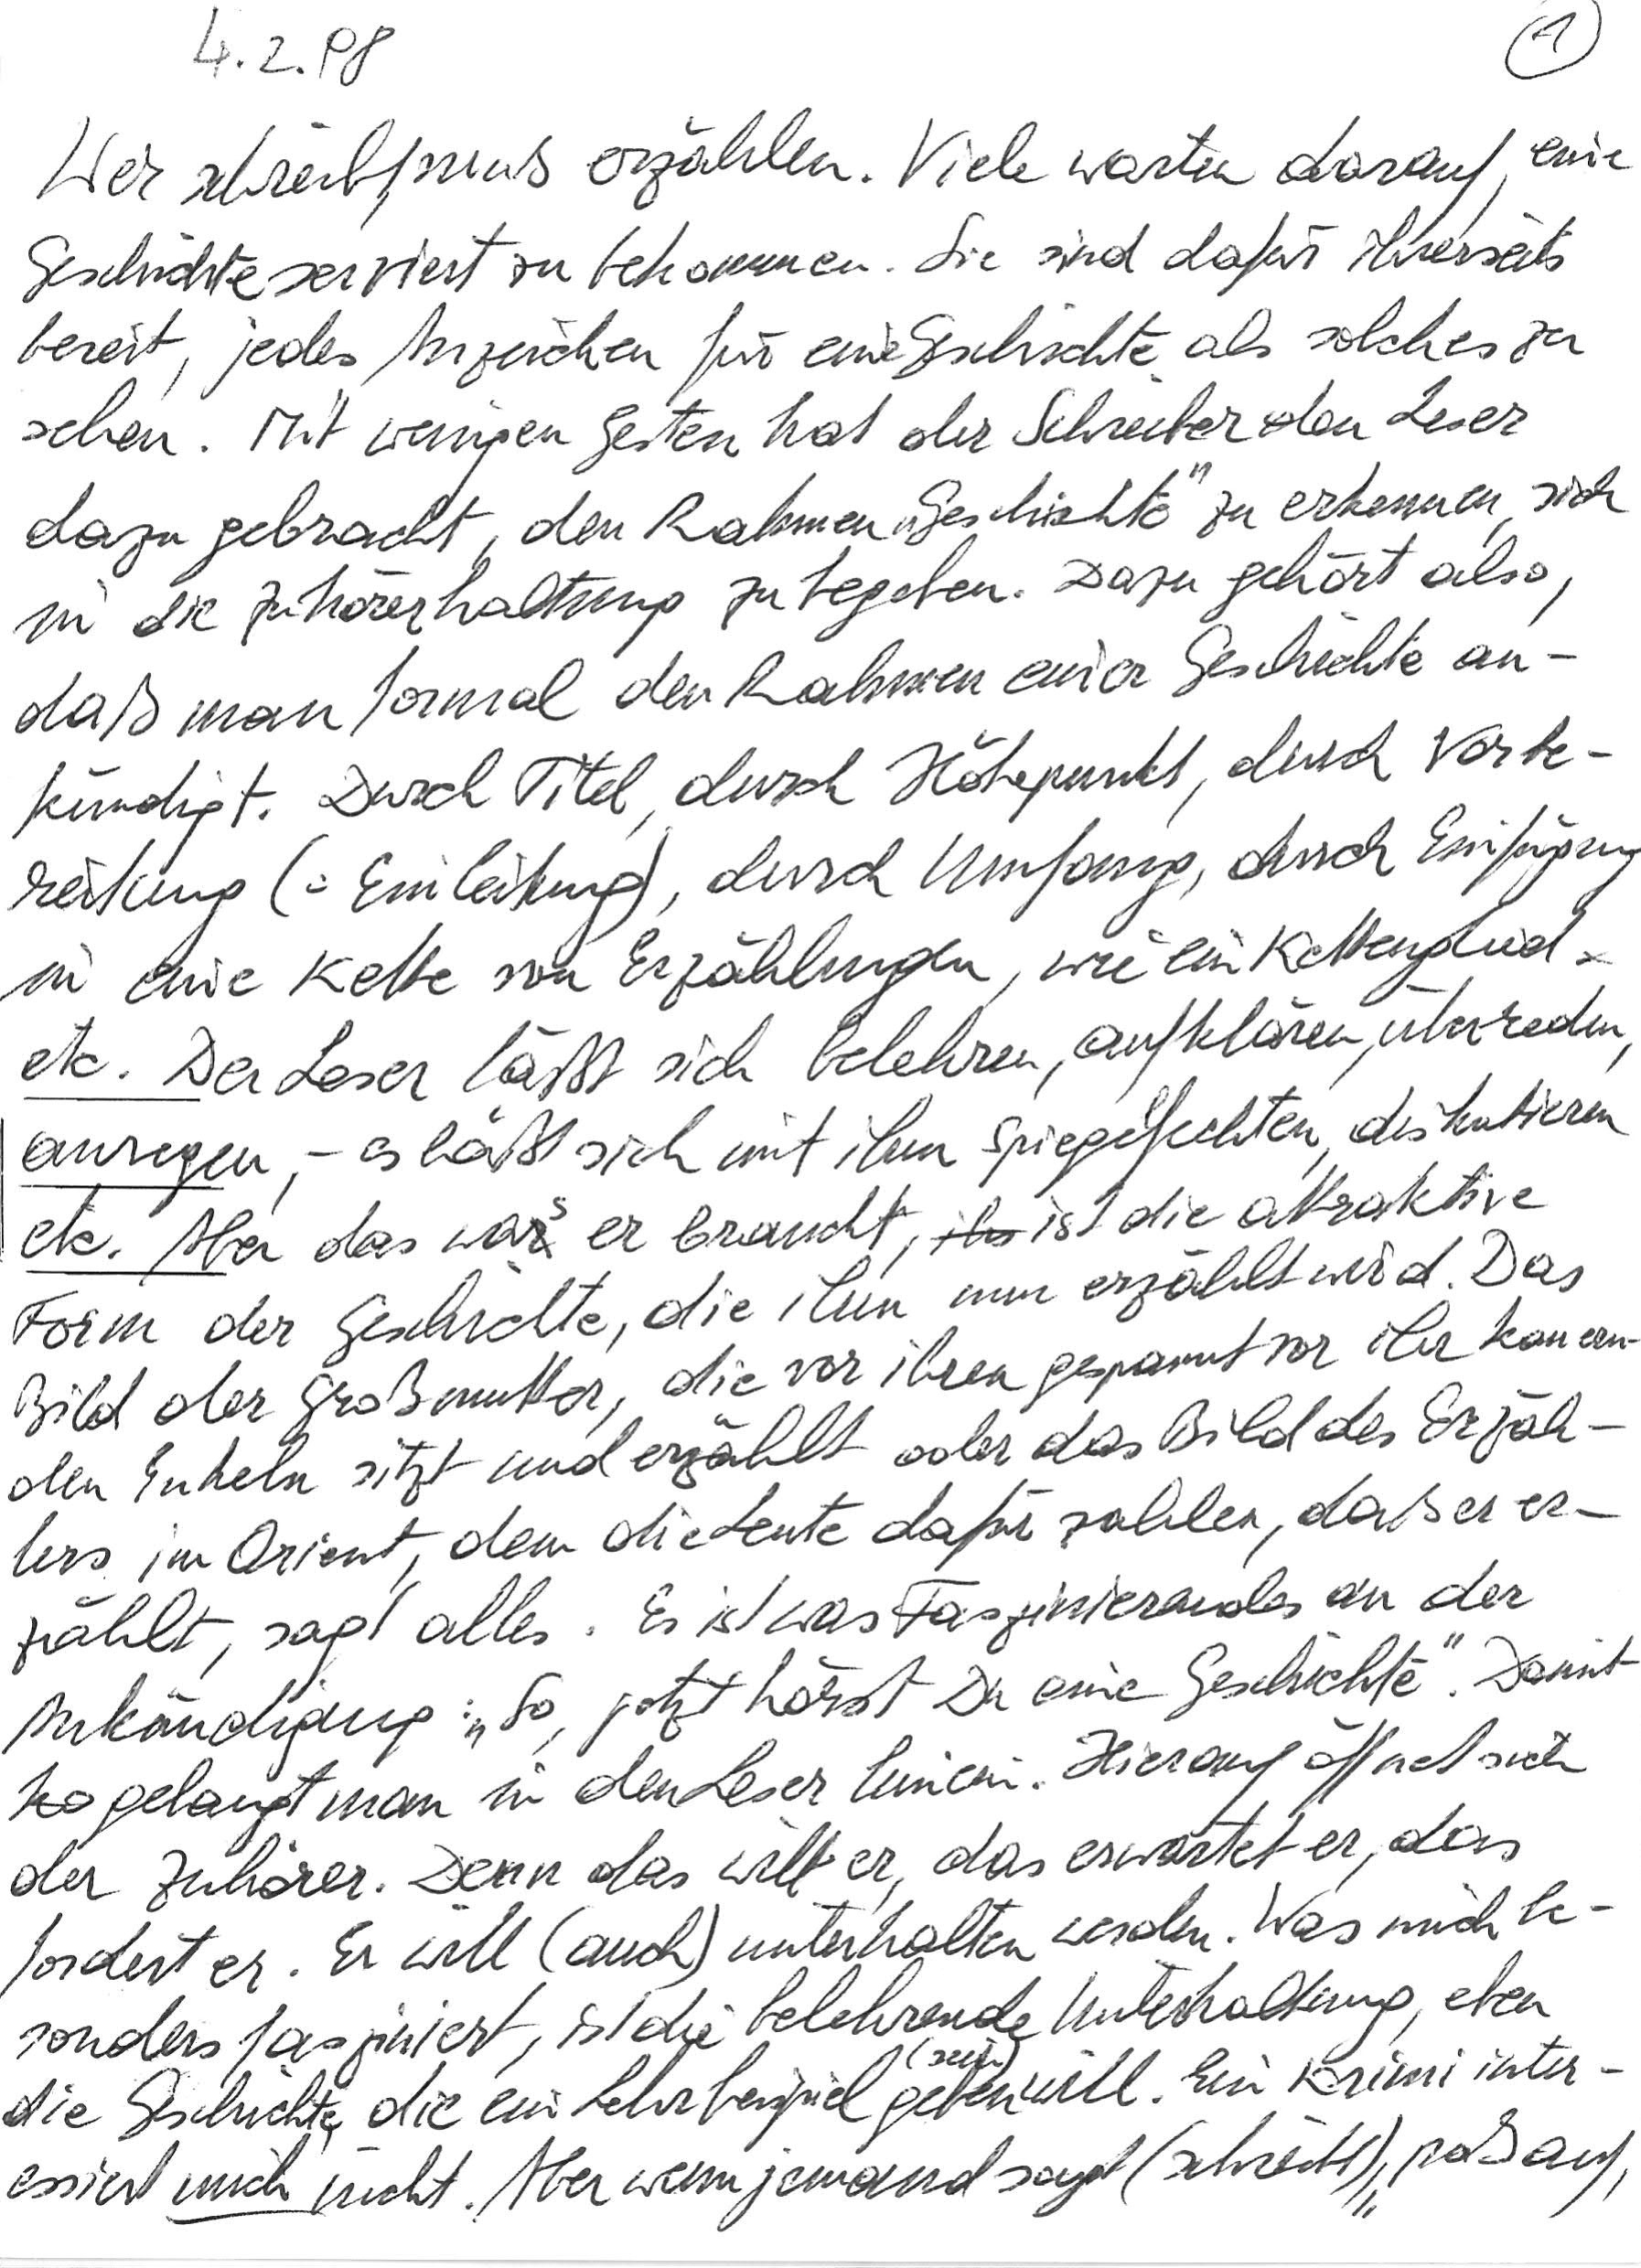
4. 2. ‘98
Wer schreibt, muß erzählen. Viele warten darauf, eine
Geschichte serviert zu bekommen. Sie sind dafür ihrerseits
bereit, jedes Anzeichen für eine Geschichte als solches zu
sehen. Mit wenigen Gesten hat der Schreiber den Leser
dazu gebracht, den Rahmen „Geschichte“ zu erkennen, sich
in die Zuhörerhaltung zu begeben. Dazu gehört also,
daß man formal den Rahmen einer Geschichte an-
kündigt. Durch Titel, durch Höhepunkt, durch Vorbe-
reitung (= Einleitung), durch Umfang, durch Einfügung
in eine Kette von Erzählungen, wie ein Kettenglied
etc. Der Leser läßt sich belehren, aufklären, überreden,
anregen, - es läßt sich mit ihm spiegelfechten, diskutieren
etc.  Aber das was er braucht, ist die attraktive
Form der Geschichte, die ihm nun erzählt wird. Das
Bild der Großmutter, die vor ihren gespannt vor ihr kauern-
den Enkeln sitzt und erzählt oder das Bild des Erzäh-
lers im Orient, dem die Leute dafür zahlen, daß er er-
zählt, sagt alles. Es ist was Faszinierendes an der
Ankündigung: „So, jetzt hörst Du eine Geschichte.“ Damit
gelangt man in den Leser hinein. Hierauf öffnet sich
der Zuhörer. Denn das will er, das erwartet er, das
fordert er. Er will (auch) unterhalten werden. Was mich be-
sonders fasziniert, ist die belehrende Unterhaltung, eben
die Geschichte, die ein Lehrbeispiel (sein) geben will. Ein Krimi inter-
essiert mich nicht. Aber wenn jemand sagt (schreibt), „paß auf,